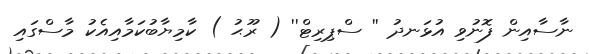
ނާސާއިން ފޮނުވި އުޅަނދު '' ސްޕިރިޓް'' ( ރޫޙު ) ކާމިޔާބުކަމާއިއެކު މާސްގައި